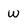
Character: w